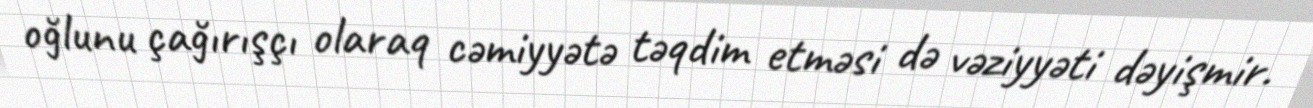
oğlunu çağırışçı olaraq cəmiyyətə təqdim etməsi də vəziyyəti dəyişmir.